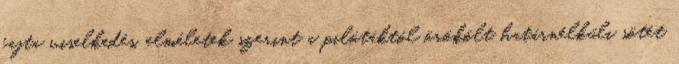
fajta viselkedés, elméletek szerint a pilótáktól örökölt határnélküli sötét